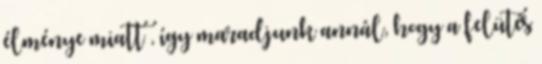
élménye miatt , így maradjunk annál, hogy a felütés